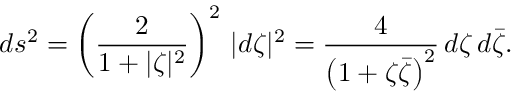
d s ^ { 2 } = \left( { \frac { 2 } { 1 + | \zeta | ^ { 2 } } } \right) ^ { 2 } \, | d \zeta | ^ { 2 } = { \frac { 4 } { \left( 1 + \zeta { \bar { \zeta } } \right) ^ { 2 } } } \, d \zeta \, d { \bar { \zeta } } .